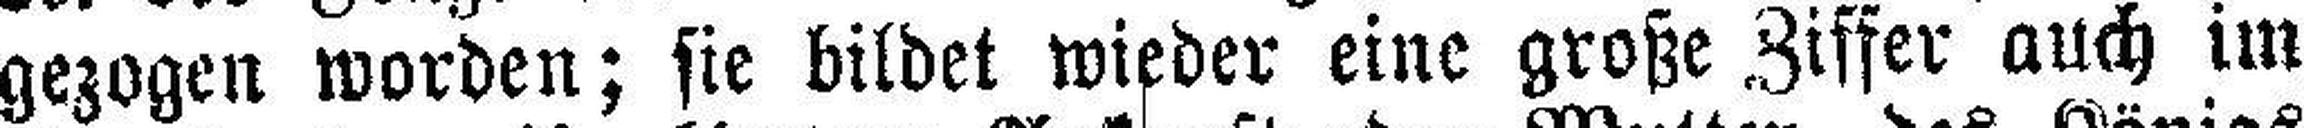
gezogen worden; sie bildet wieder eine große Ziffer auch im